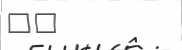
٤٨